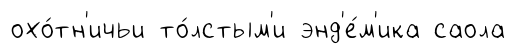
охо́тн'ичьи то́лстым'и энд'е́м'ика саола